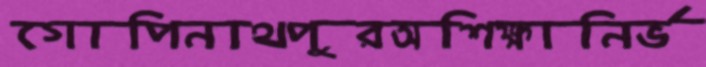
গোপিনাথপুরঅশিক্ষানির্ভ